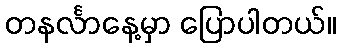
တနင်္လာနေ့မှာ ပြောပါတယ်။